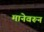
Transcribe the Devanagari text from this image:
मानेवरून